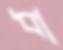
ধা